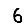
Digit: 6